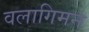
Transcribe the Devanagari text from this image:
वलागिमन